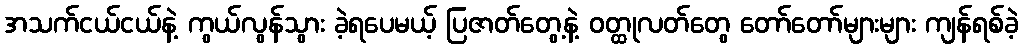
အသက်ငယ်ငယ်နဲ့ ကွယ်လွန်သွား ခဲ့ရပေမယ့် ပြဇာတ်တွေ့နဲ့ ဝတ္ထုလတ်တွေ တော်တော်များများ ကျန်ရစ်ခဲ့